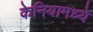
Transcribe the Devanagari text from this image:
केनियामध्ये